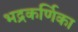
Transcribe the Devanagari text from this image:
भद्रकर्णिका